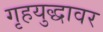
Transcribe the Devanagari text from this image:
गृहयुद्धावर